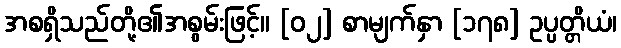
အစရှိသည်တို့၏အစွမ်းဖြင့်။ [၀၂] စာမျက်နှာ [၁၇၈] ဥပ္ပတ္တိယံ၊